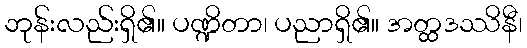
ဘုန်းလည်းရှိ၏။ ပဏ္ဍိတာ၊ ပညာရှိ၏။ အတ္ထဒဿိနီ၊